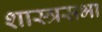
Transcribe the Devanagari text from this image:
शास्त्रसभा